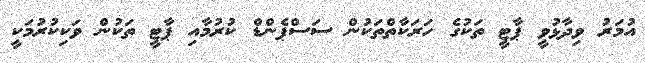
އުމަރު ވިދާޅުވީ ޕާޓީ ތަކުގެ ހަރަކާތްތަކުން ސަސްޕެންޑް ކުރުމާއި ޕާޓީ ތަކުން ވަކިކުރުމަކީ